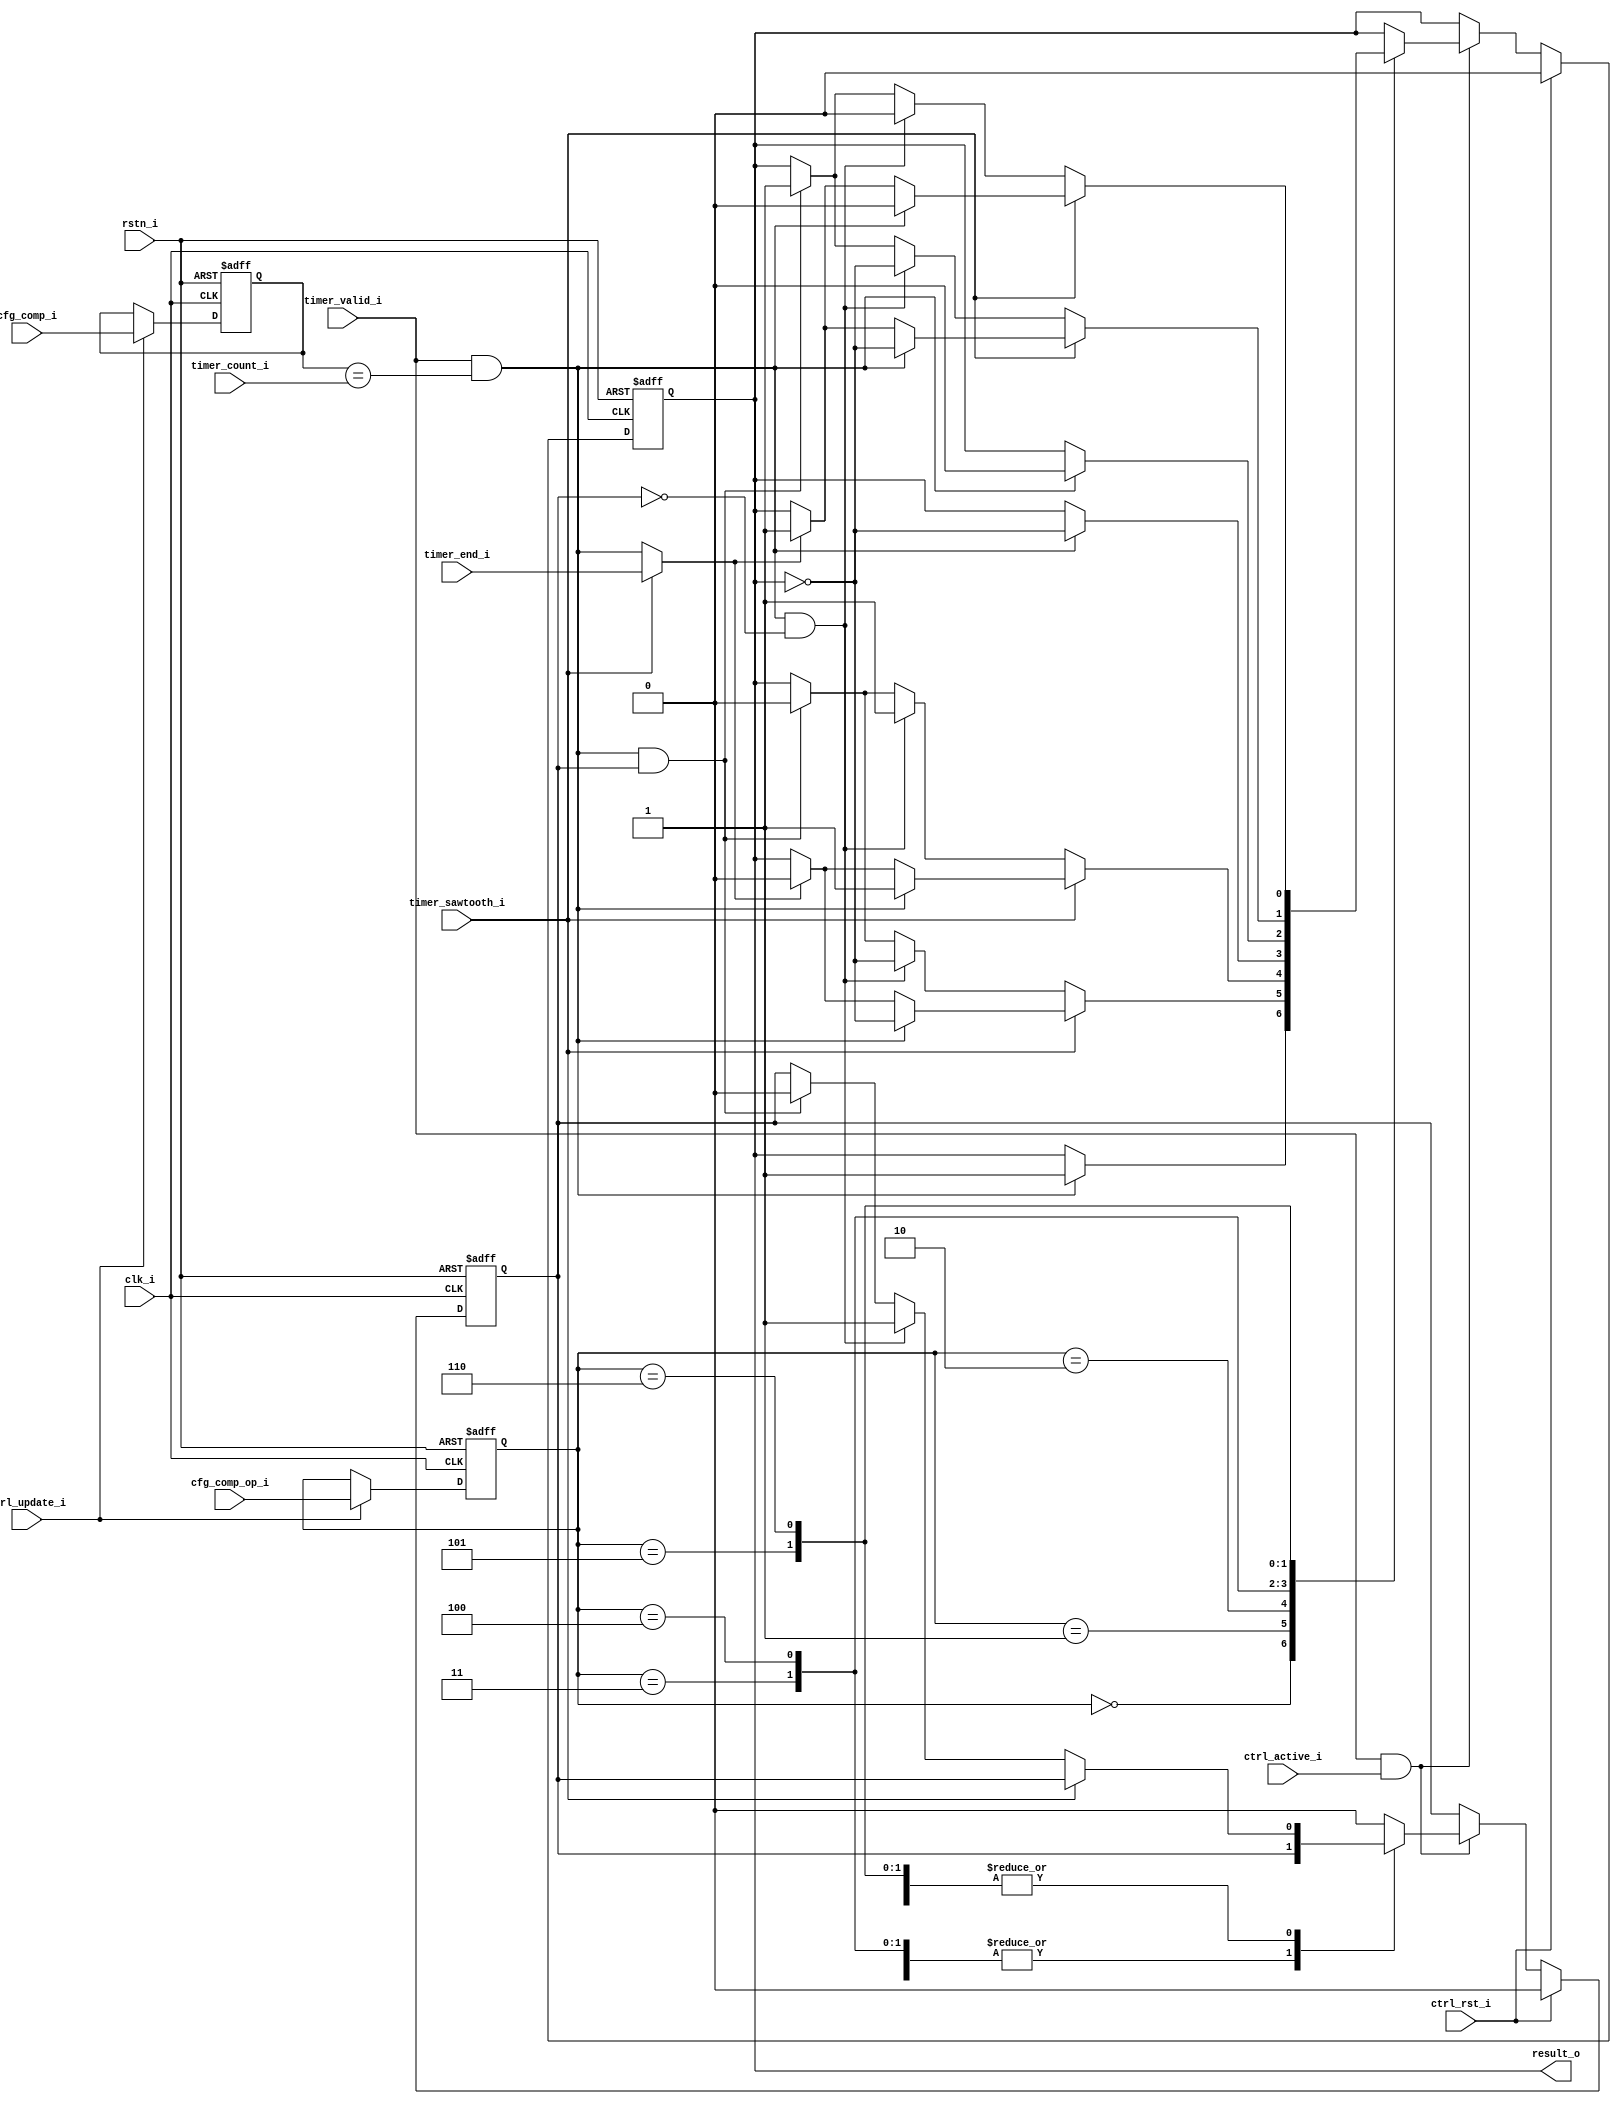
// This program was cloned from: https://github.com/riscv-mcu/e203_hbirdv2
// License: Apache License 2.0

// Copyright 2018 ETH Zurich and University of Bologna.
// -- Adaptable modifications made for hbirdv2 SoC. -- 
// Copyright and related rights are licensed under the Solderpad Hardware
// License, Version 0.51 (the "License"); you may not use this file except in
// compliance with the License.  You may obtain a copy of the License at
// http://solderpad.org/licenses/SHL-0.51. Unless required by applicable law
// or agreed to in writing, software, hardware and materials distributed under
// this License is distributed on an "AS IS" BASIS, WITHOUT WARRANTIES OR
// CONDITIONS OF ANY KIND, either express or implied. See the License for the
// specific language governing permissions and limitations under the License.

`define OP_SET    3'b000
`define OP_TOGRST 3'b001
`define OP_SETRST 3'b010
`define OP_TOG    3'b011
`define OP_RST    3'b100
`define OP_TOGSET 3'b101
`define OP_RSTSET 3'b110


module comparator #(
	parameter NUM_BITS = 16
) (
    input  wire                  clk_i,
    input  wire                  rstn_i,
    input  wire                  ctrl_active_i,
    input  wire                  ctrl_update_i,
    input  wire                  ctrl_rst_i,
    input  wire [NUM_BITS - 1:0] cfg_comp_i,
    input  wire [2:0]            cfg_comp_op_i,
    input  wire                  timer_end_i,
    input  wire                  timer_valid_i,
    input  wire                  timer_sawtooth_i,
    input  wire [NUM_BITS - 1:0] timer_count_i,
    output wire                  result_o
);

    reg [NUM_BITS - 1:0] r_comp;
    reg [2:0]            r_comp_op;
    
    reg                  r_value;
    wire                 r_active;
    reg                  r_is_2nd_event;

    wire                 s_match;
    wire                 s_2nd_event;

    assign s_match     = timer_valid_i & (r_comp == timer_count_i);
    assign s_2nd_event = timer_sawtooth_i ? timer_end_i : s_match;
    assign result_o    = r_value;

    always @(posedge clk_i or negedge rstn_i) begin : proc_r_comp
        if (~rstn_i) begin
            r_comp    <= 0;
            r_comp_op <= 0;
	end else if (ctrl_update_i) begin   //if first enable or explicit update is iven
            r_comp    <= cfg_comp_i;
            r_comp_op <= cfg_comp_op_i;
        end
    end

    always @(posedge clk_i or negedge rstn_i) begin : proc_r_value
        if (~rstn_i) begin
            r_value        <= 0;
            r_is_2nd_event <= 1'b0;
	end else if (ctrl_rst_i) begin
            r_value        <= 1'b0;
            r_is_2nd_event <= 1'b0;
        end else if (timer_valid_i && ctrl_active_i) begin
	    case(r_comp_op)
	        `OP_SET:
	            r_value <= s_match ? 1'b1 : r_value;
	        `OP_TOGRST:
	        begin
		    if(timer_sawtooth_i) begin
	                if(s_match)
	                    r_value <= ~r_value;
	                else if(s_2nd_event)
	                    r_value <= 1'b0;
	            end else begin
			if(s_match && !r_is_2nd_event) begin
	            	    r_value        <= ~r_value;
	            	    r_is_2nd_event <= 1'b1;
			end else if(s_match && r_is_2nd_event) begin
	            	    r_value        <= 1'b0;
	            	    r_is_2nd_event <= 1'b0;
	            	end
	            end
	        end
	        `OP_SETRST:
	        begin
		    if(timer_sawtooth_i) begin
	                if(s_match)
	                    r_value <= 1'b1;
	                else if(s_2nd_event)
	                    r_value <= 1'b0;
	            end else begin
		        if(s_match && !r_is_2nd_event) begin
	                    r_value        <= 1'b1;
	                    r_is_2nd_event <= 1'b1;
		        end else if(s_match && r_is_2nd_event) begin
	                    r_value        <= 1'b0;
	                    r_is_2nd_event <= 1'b0;
	                end
	            end
	        end
	        `OP_TOG:
	             r_value <= s_match ? ~r_value : r_value;
	        `OP_RST:
	             r_value <= s_match ? 1'b0 : r_value;
	        `OP_TOGSET:
	        begin
		    if(timer_sawtooth_i) begin
	                if(s_match)
	               	    r_value <= ~r_value;
	                else if(s_2nd_event)
	               	    r_value <= 1'b1;
		    end else begin
		        if(s_match && !r_is_2nd_event) begin
	                    r_value        <= ~r_value;
	                    r_is_2nd_event <= 1'b1;
		        end else if(s_match && r_is_2nd_event) begin
	                    r_value        <= 1'b1;
	                    r_is_2nd_event <= 1'b0;
	                end
	            end
	        end
	        `OP_RSTSET:
	        begin
	            if(timer_sawtooth_i) begin
	                if(s_match)
	                    r_value <= 1'b0;
	                else if(s_2nd_event)
	                    r_value <= 1'b1;
	            end else begin
		        if(s_match && !r_is_2nd_event) begin
	            	    r_value <= 1'b0;
	            	    r_is_2nd_event <= 1'b1;
		        end else if(s_match && r_is_2nd_event) begin
	            	    r_value <= 1'b1;
	            	    r_is_2nd_event <= 1'b0;
	            	end
	            end
	        end
	        default:
	        begin
	            r_value        <= r_value;
	            r_is_2nd_event <= 1'b0;
	        end
	    endcase // r_comp_op
	end
    end
endmodule